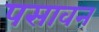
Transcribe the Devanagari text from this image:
पसावन